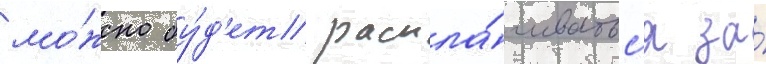
мо́жно бу́д'ет распла́чиватьс'я за́